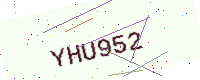
Text: YHU952